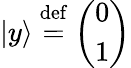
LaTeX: |y\rangle\ {\stackrel{\mathrm{def}}{=}}\ {\left(\begin{array}{l}{0}\\ {1}\end{array}\right)}